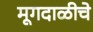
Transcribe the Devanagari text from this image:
मूगदाळीचे